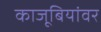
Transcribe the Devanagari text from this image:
काजूबियांवर